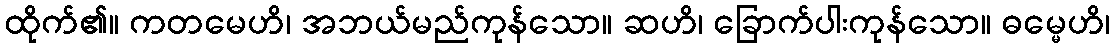
ထိုက်၏။ ကတမေဟိ၊ အဘယ်မည်ကုန်သော။ ဆဟိ၊ ခြောက်ပါးကုန်သော။ ဓမ္မေဟိ၊